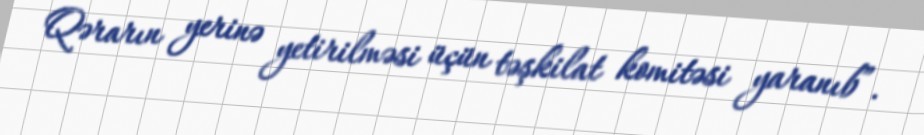
Qərarın yerinə yetirilməsi üçün təşkilat komitəsi yaranıb”.